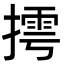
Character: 摴